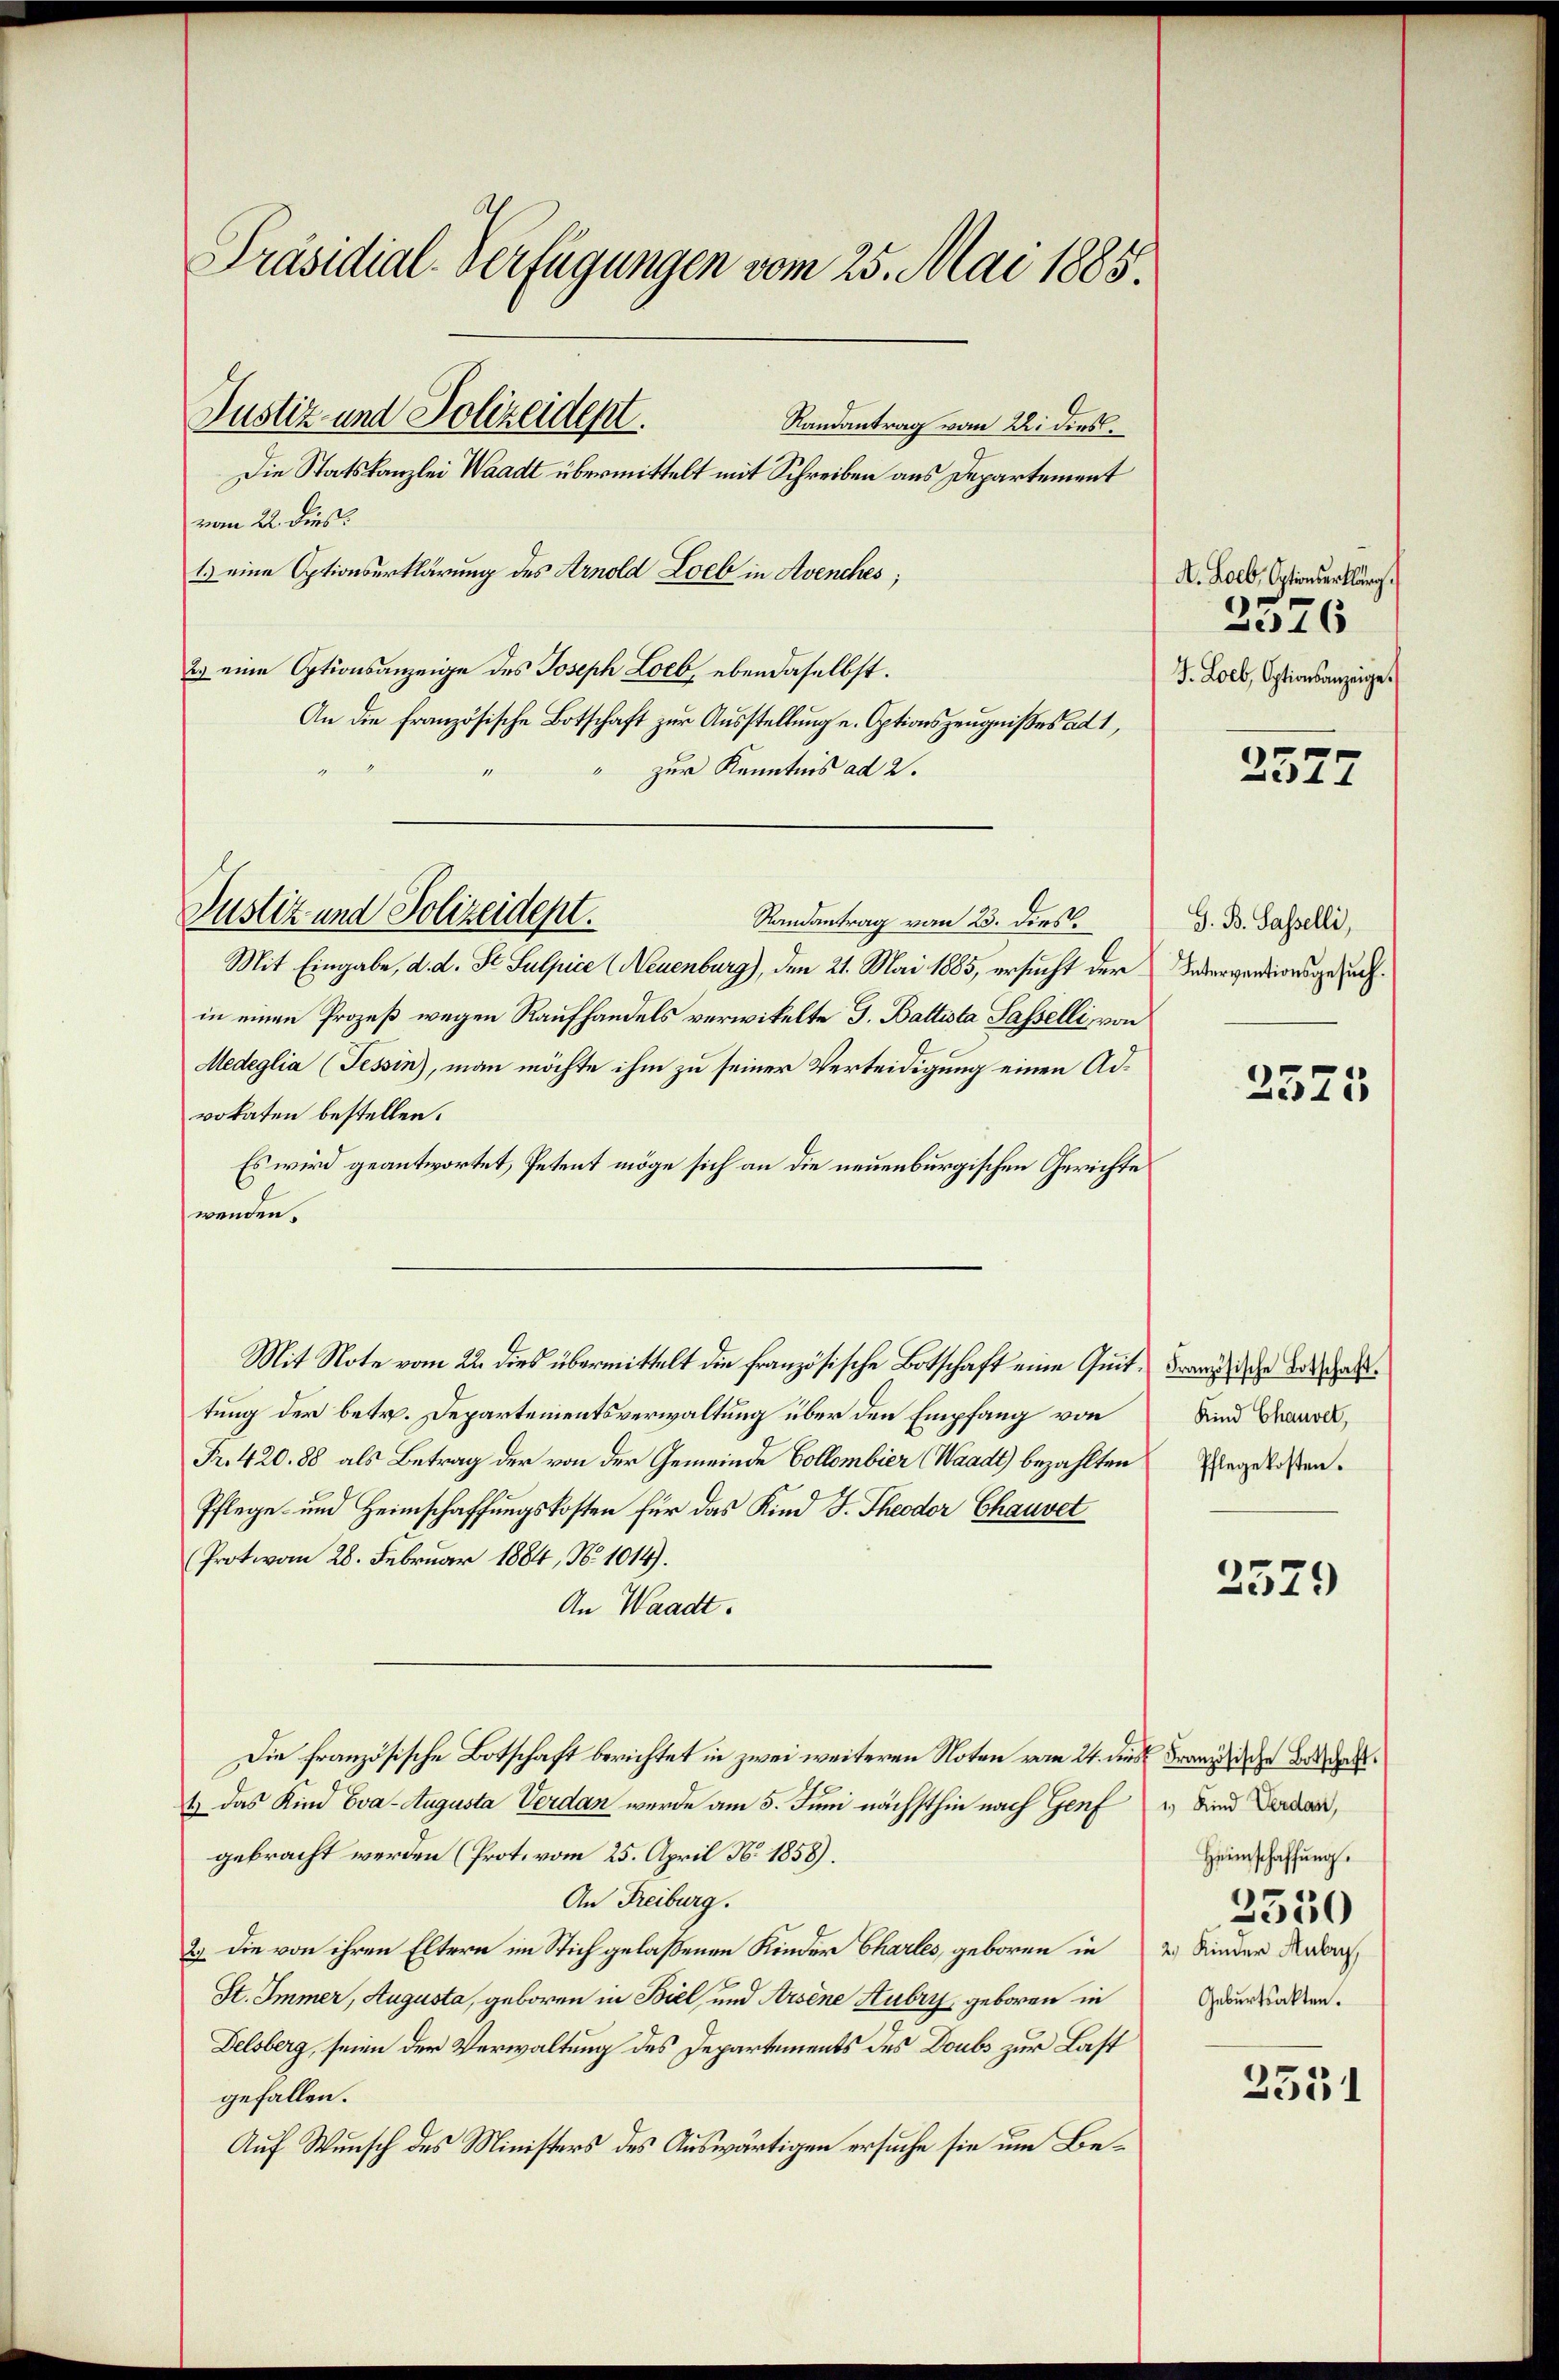
Präsidial-Verfügungen vom 25. Mai 1885.
Justiz- und Polizeident.
Randantrag vom 22. dies
Die Statskanzlei Waadt übermittelt mit Schreiben aus Departement
vom 22. dies

1) eine Optionserklärung des Arnold Loeb in Avenches;
2) eine Optionsanzeige des Joseph Loeb, ebendaselbst.
An die französische Botschaft zur Ausstellung u. Optionszeugnißes ad 1,
zur Kenntnis ad 2.
Randantrag vom 23. dies
Mit Eingabe, d. d. St. Sulpice (Neuenburg), den 21. Mai 1885, ersucht der
in einen Prozeß wegen Raufhandels verwikelte G. Battista Sasselli, von
Medeglia (Tessin), man möchte ihm zu seiner Verteidigung einen Advokaten bestellen.
Es wird geantwortet, Petent möge sich an die neuenburgischen Gerichte
wenden.
Mit Note vom 22. dies übermittelt die französische Botschaft eine Quit. Franziehe Beschen.
tung der betr. Departementsverwaltung über den Empfang von
Fr. 420. 88 als Betrag der von der Gemeinde Collombier (Waadt) bezahlten Engelaßen.
Pflege- und Heimschaffungskosten für das Kind J. Theodor Chauvet
Protovom 28. Februar 1884, No 1014).
An Waadt.
Die französische Botschaft berichtet in zwei weiteren Noten vom 24. dies Franz diese Beden¬
1) das Kind Eva-Augusta Verdan werde am 5. Juni nächsthin nach Genf
gebracht werden (Prot. vom 25. April N. 1858).
An Freiburg.
2.) Die von ihren Eltern im Stich gelassenen Kinder Charles, geboren in
St. Immer, Augusta, geboren in Biel, und Arsene Aubry, geboren in
Delsberg, seien der Verwaltung des Departements des Doubs zur Last
gefallen.
Auf Wunsch des Ministers des Auswärtigen ersuche sie um Be¬

Justiz und Polizeidept.

A. Lolb, Optionserklärg.
2576
J. Loeb, Optionsanzeige.

2327

G. B. Sasselli,
Interventionsgesuch.

2575

Kind Chauvet,

2529

1) Kind Verdan,
Heimschaffung.
2550
2) Kinder Aubry
Geburtsakten.

2351